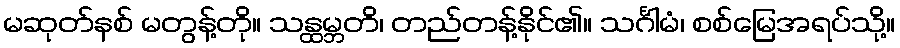
မဆုတ်နစ် မတွန့်တို။ သန္ထမ္ဘတိ၊ တည်တန့်နိုင်၏။ သင်္ဂါမံ၊ စစ်မြေအရပ်သို့။